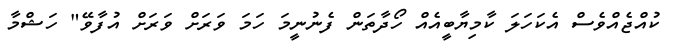
ކުއްޖެއްވެސް އެކަހަލަ ކާމިޔާބީއެއް ހޯދާތަން ފެނުނީމަ ހަމަ ވަރަށް ވަރަށް އުފާވޭ" ހަޝްމާ